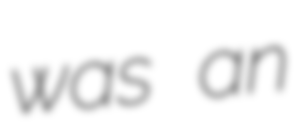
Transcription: was an